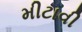
મીટાવી